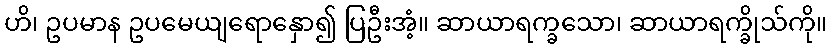
ဟိ၊ ဥပမာန ဥပမေယျရောနှော၍ ပြဦးအံ့။ ဆာယာရက္ခသော၊ ဆာယာရက္ခိုသ်ကို။